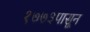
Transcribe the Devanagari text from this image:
१७७३पासून